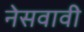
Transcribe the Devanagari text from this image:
नेसवावी